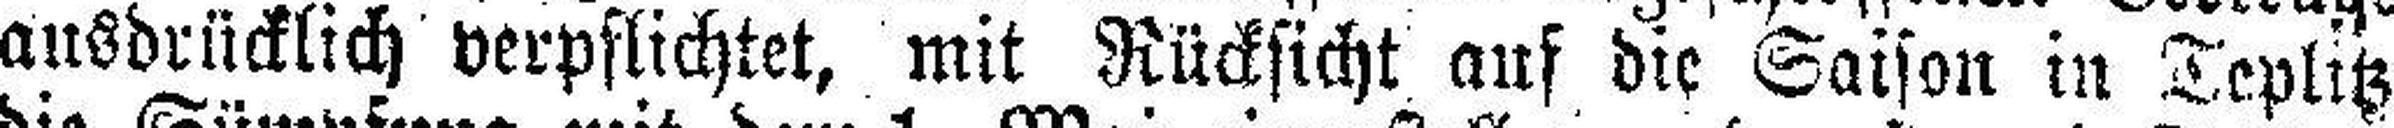
ausdrücklich verpflichtet, mit Rücksicht auf die Saison in Teplitz